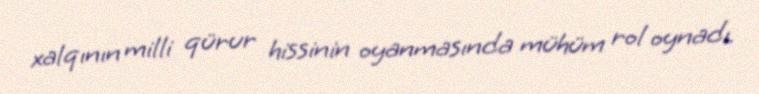
xalqının milli qürur hissinin oyanmasında mühüm rol oynadı.